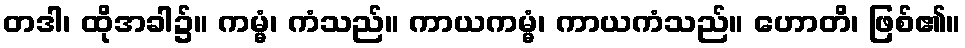
တဒါ၊ ထိုအခါ၌။ ကမ္မံ၊ ကံသည်။ ကာယကမ္မံ၊ ကာယကံသည်။ ဟောတိ၊ ဖြစ်၏။